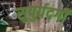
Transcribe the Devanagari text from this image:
सुपुर्पदगी